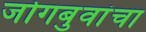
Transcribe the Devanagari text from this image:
जोगबुवांचा